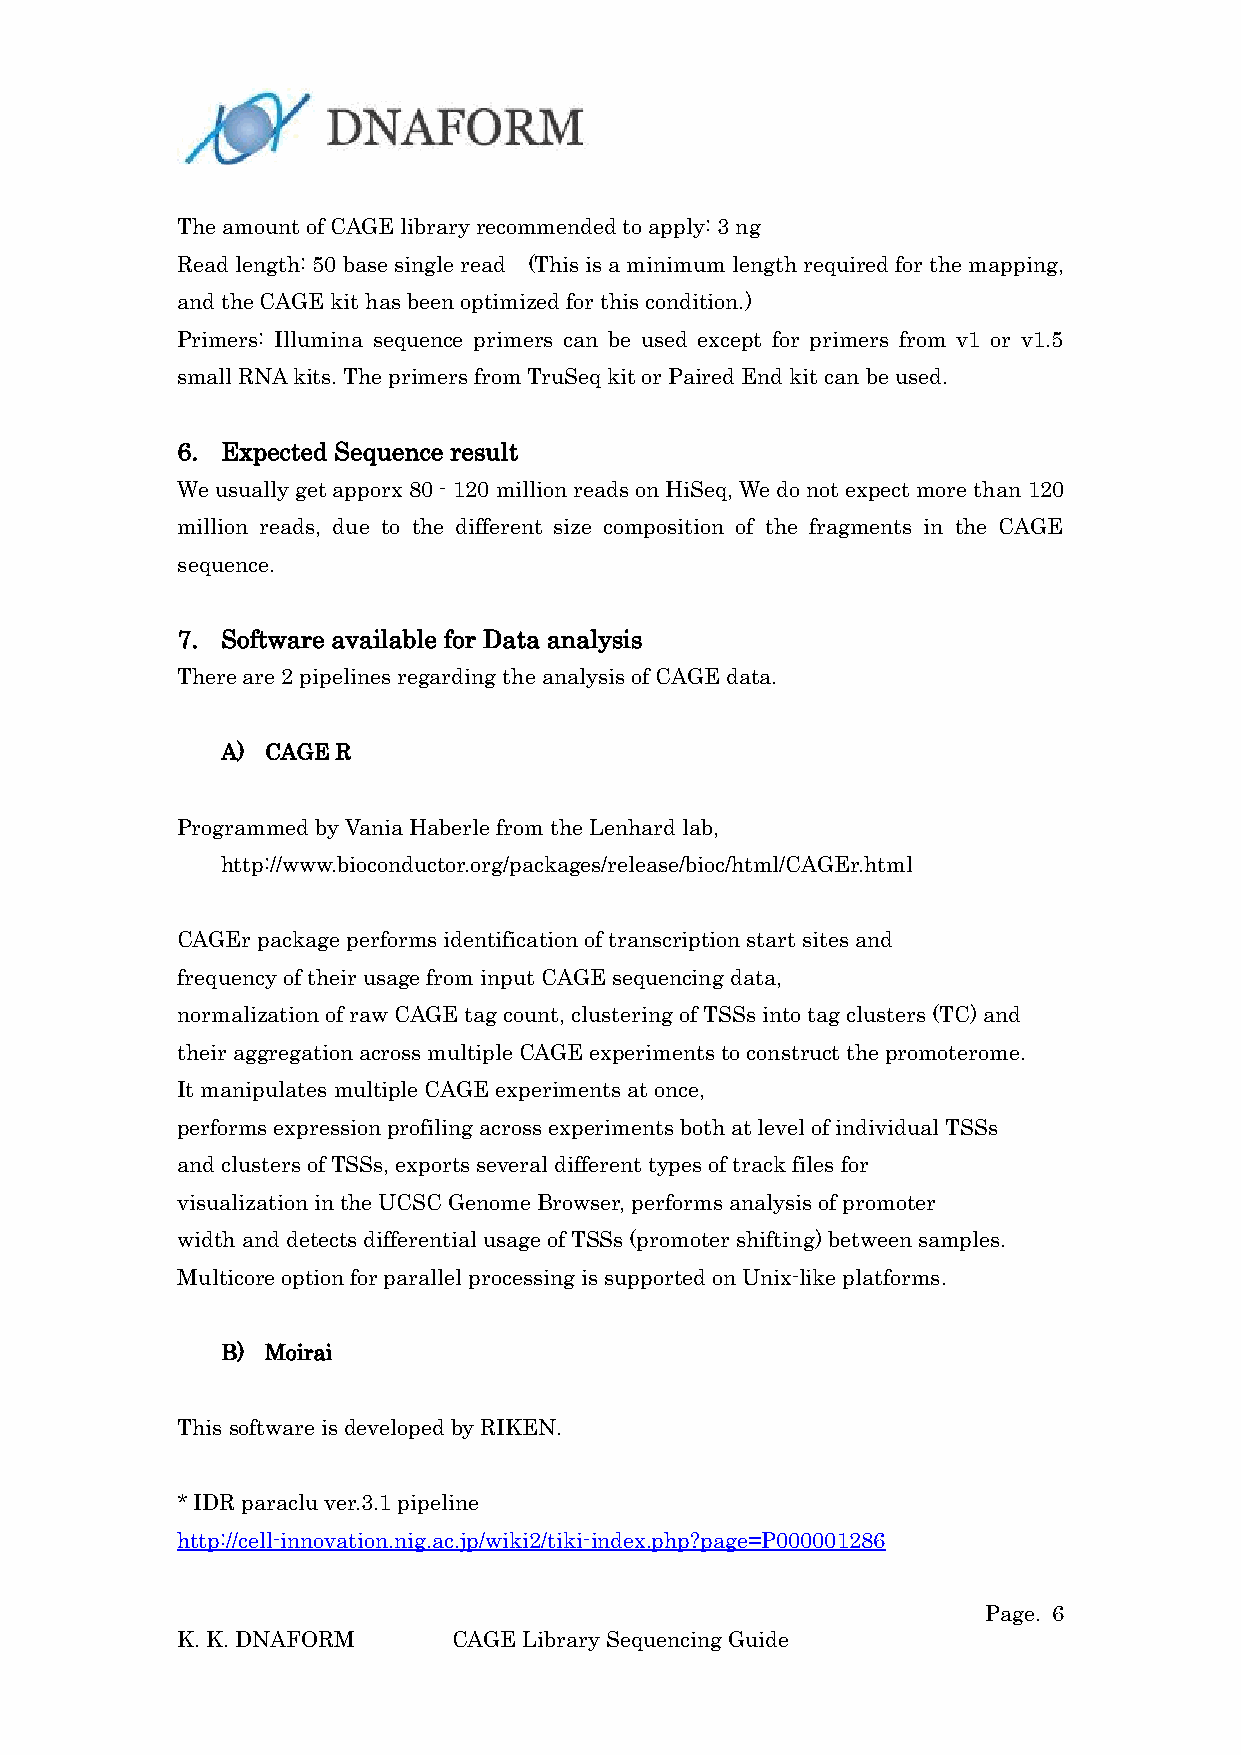
The amount of CAGE library recommended to apply: 3 ng
 Read length: 50 base single read (This is a minimum length required for the mapping,
 and the CAGE kit has been optimized for this condition.)
 Primers: Illumina sequence primers can be used except for primers from v1 or v1.5
 small RNA kits. The primers from TruSeq kit or Paired End kit can be used.
 6. Expected Sequence result
 We usually get apporx 80 - 120 million reads on HiSeq, We do not expect more than 120
 million reads, due to the different size composition of the fragments in the CAGE
 sequence.
 7. Software available for Data analysis
 There are 2 pipelines regarding the analysis of CAGE data.
 A) CAGE R
 Programmed by Vania Haberle from the Lenhard lab,
 http://www.bioconductor.org/packages/release/bioc/html/CAGEr.html
 CAGEr package performs identification of transcription start sites and
 frequency of their usage from input CAGE sequencing data,
 normalization of raw CAGE tag count, clustering of TSSs into tag clusters (TC) and
 their aggregation across multiple CAGE experiments to construct the promoterome.
 It manipulates multiple CAGE experiments at once,
 performs expression profiling across experiments both at level of individual TSSs
 and clusters of TSSs, exports several different types of track files for
 visualization in the UCSC Genome Browser, performs analysis of promoter
 width and detects differential usage of TSSs (promoter shifting) between samples.
 Multicore option for parallel processing is supported on Unix-like platforms.
 B) Moirai
 This software is developed by RIKEN.
 * IDR paraclu ver.3.1 pipeline
 http://cell-innovation.nig.ac.jp/wiki2/tiki-index.php?page=P000001286
 Page. 6
 K. K. DNAFORM     CAGE Library Sequencing Guide